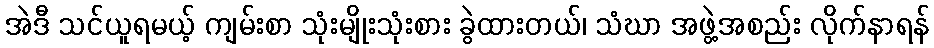
အဲဒီ သင်ယူရမယ့် ကျမ်းစာ သုံးမျိုးသုံးစား ခွဲထားတယ်၊ သံဃာ အဖွဲ့အစည်း လိုက်နာရန်